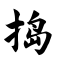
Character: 捣